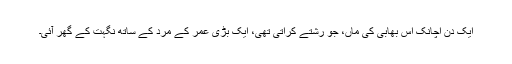
ایک دن اچانک اس بھابی کی ماں، جو رشتے کراتی تھی، ایک بڑی عمر کے مرد کے ساتھ نگہت کے گھر آئی۔